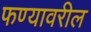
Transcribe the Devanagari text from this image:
फण्यावरील